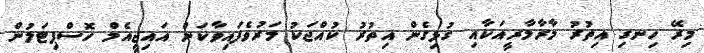
މިރޭ ހިނގި އިތުރު މާރާމާރީއަކާއި ގުޅިގެން އިތުރު ކުއްޖަކު މަރުވެފައިވާކަން އައިޖީއެމް ހޮސްޕިޓަލުން